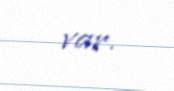
var.